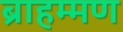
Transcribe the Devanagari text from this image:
ब्राहम्मण